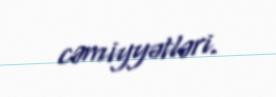
cəmiyyətləri.